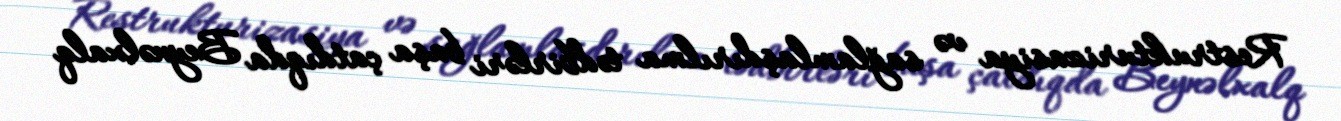
Restrukturizasiya və sağlamlaşdırılma tədbirləri başa çatdıqda Beynəlxalq